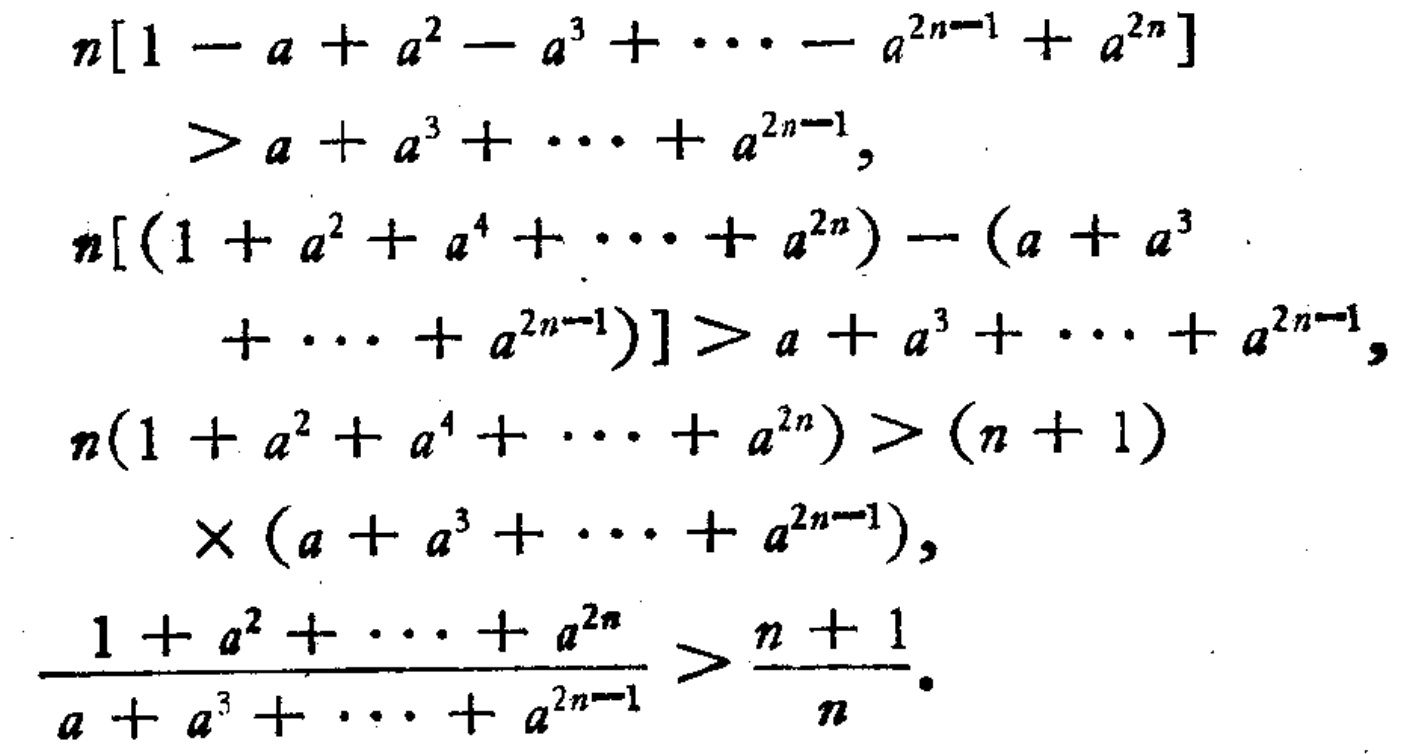
\[

\begin{align*}

n[1 - a + a^{2}-a^{3}+\cdots - a^{2n - 1}+a^{2n}]&>a + a^{3}+\cdots + a^{2n - 1},\\

n[(1 + a^{2}+a^{4}+\cdots + a^{2n})-(a + a^{3}+\cdots + a^{2n - 1})]&>a + a^{3}+\cdots + a^{2n - 1},\\

n(1 + a^{2}+a^{4}+\cdots + a^{2n})&>(n + 1)\times(a + a^{3}+\cdots + a^{2n - 1}),\\

\frac{1 + a^{2}+\cdots + a^{2n}}{a + a^{3}+\cdots + a^{2n - 1}}&>\frac{n + 1}{n}.

\end{align*}

\]